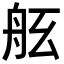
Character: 𦨠